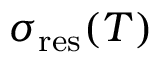
\sigma _ { \mathrm { r e s } } ( T )